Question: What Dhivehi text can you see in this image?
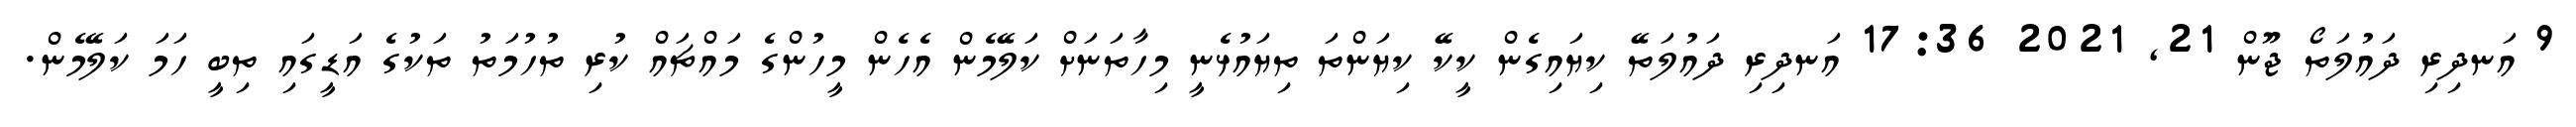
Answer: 9 އަނދިރި ދައުލަތޯ ޖޫން 21, 2021 17:36 އަނދިރި ދައުލަތޭ ކިޔައިގެން ކީކޭ ކިޔަންތަ ތިޔައުޅެނީ މިހާތަނަށް ކަލޭމެން އެހެން މީހުންގެ މައްޗައް ކުރި ތުހުމަތު ތަކުގެ އަޑީގައި ތިބީ ހަމަ ކަލޭމެން.